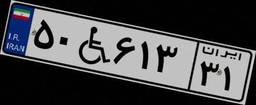
۷۶W۸۶۰۱۱